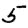
Digit: 5